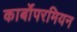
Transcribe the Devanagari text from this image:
कार्बोपरमियन